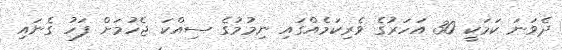
ދެވަނަ ކަމަކީ 30 އަހަރުގެ ވެރިކަމެއްގައި ނިމުމުގެ ސިއްކަ ޖެހުމަށް ފަހު ގެނައި